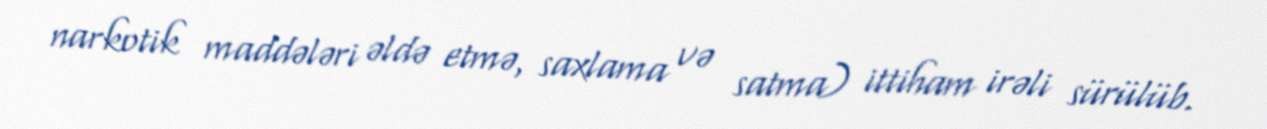
narkotik maddələri əldə etmə, saxlama və satma) ittiham irəli sürülüb.